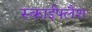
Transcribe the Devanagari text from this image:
स्काईफ्लैश